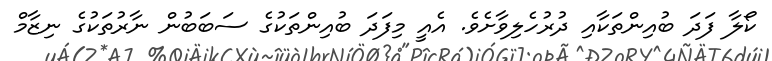
ކޯލާ ފަދަ ބުއިންތަކާއި ދުރުހެލިވާށެވެ. އެއީ މިފަދަ ބުއިންތަކުގެ ސަބަބުން ނާރުތަކުގެ ނިޒާމް